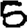
Digit: 5